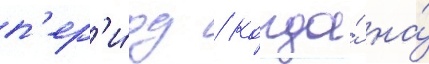
п'ер'и́од / когда́ на́